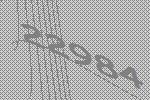
22984